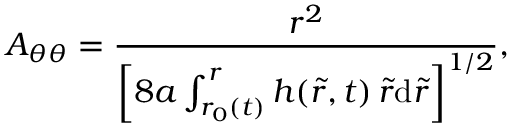
A _ { \theta \theta } = \frac { r ^ { 2 } } { \left[ 8 a \int _ { r _ { 0 } ( t ) } ^ { r } h ( \tilde { r } , t ) \, \tilde { r } \mathrm { d } \tilde { r } \right] ^ { 1 / 2 } } ,